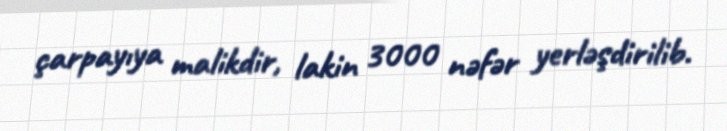
çarpayıya malikdir, lakin 3000 nəfər yerləşdirilib.